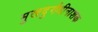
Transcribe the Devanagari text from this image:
मुखदुर्गंधीनाशक